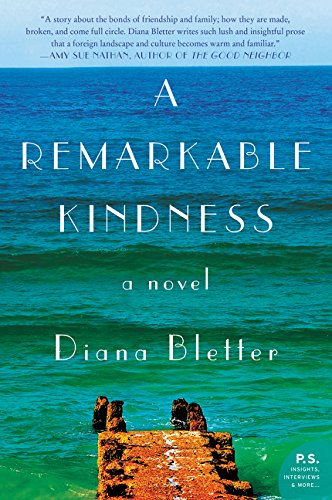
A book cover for A Remarkable Kindness: A Novel; Diana Bletter; Literature & Fiction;